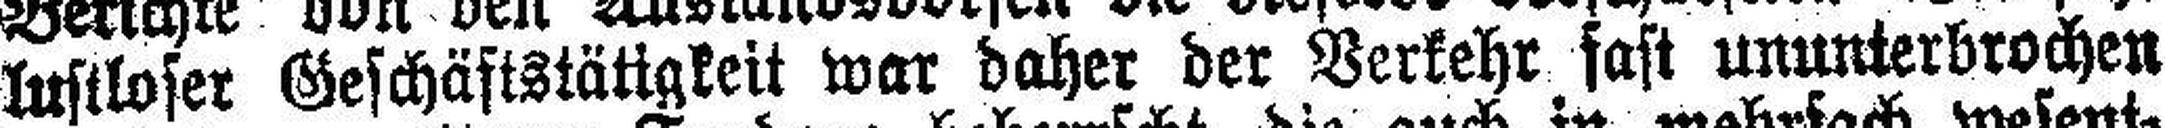
lustloser Geschäftstätigkeit war daher der Verkehr fast ununterbrochen